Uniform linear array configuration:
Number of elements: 16
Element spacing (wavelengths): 0.25
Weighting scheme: hamming
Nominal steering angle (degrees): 15
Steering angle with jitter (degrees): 15.101
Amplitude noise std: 0.05
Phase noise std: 0.05

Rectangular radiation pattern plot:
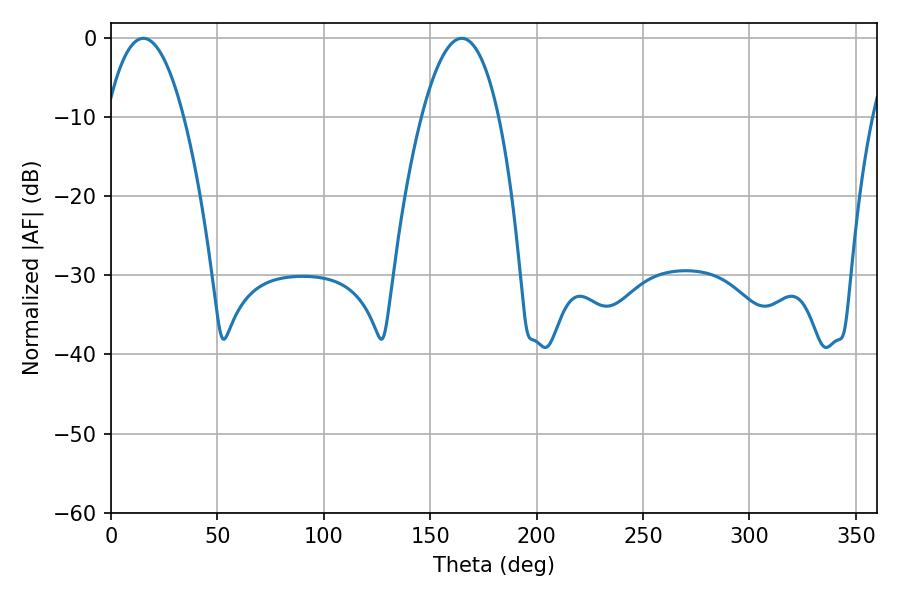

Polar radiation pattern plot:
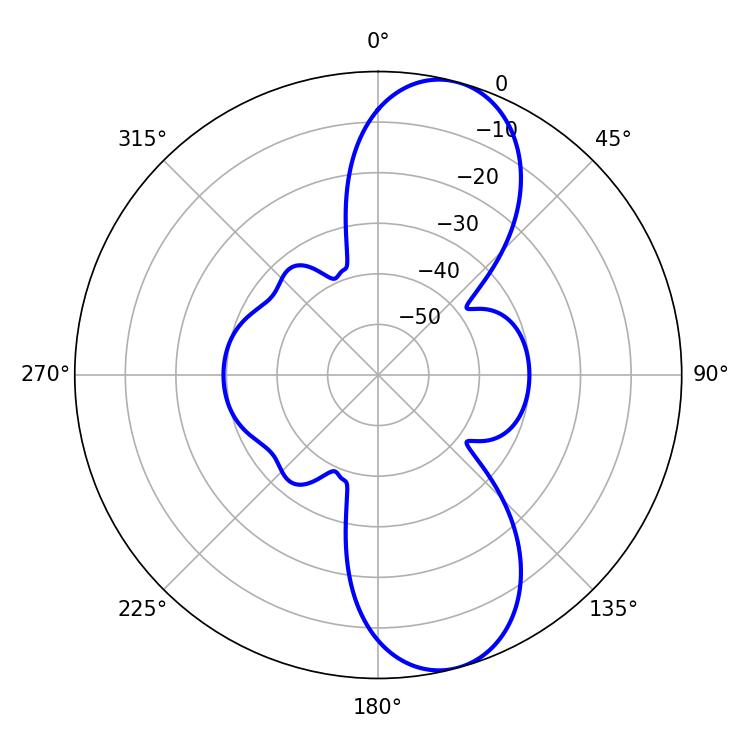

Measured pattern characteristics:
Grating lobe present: FALSE
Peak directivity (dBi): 10.008
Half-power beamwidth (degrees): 19.98
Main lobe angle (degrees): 15.12